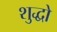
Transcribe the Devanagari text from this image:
शुद्धो